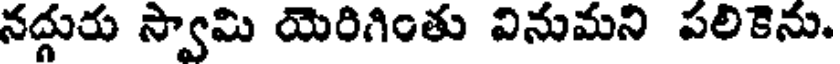
నద్గురు స్వామి యెరిగింతు వినుమని పలికెను.